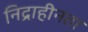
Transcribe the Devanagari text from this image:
निद्राहीनता